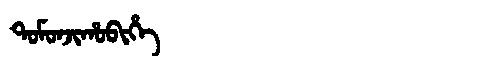
Manchu: ᡨᠣᠮᠣᠨᠵᡳᡥᠣᠪᡳᡥᡝ
Romanization: TOMONJIHOBIHE